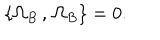
\{ \Omega _ { B } \, , \, \Omega _ { B } \} = 0 .